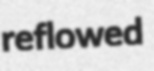
reflowed